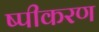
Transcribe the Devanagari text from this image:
ष्पीकरण